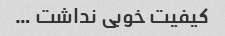
کیفیت خوبی نداشت …